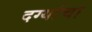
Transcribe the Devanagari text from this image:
दर्ग्याचा